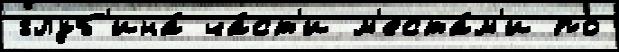
глуб'ина́ ча́ст'и м'еста́м'и по